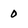
Character: 0